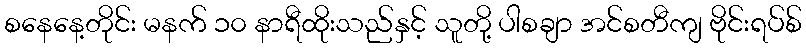
စနေနေ့တိုင်း မနက် ၁၀ နာရီထိုးသည်နှင့် သူတို့ ပါစချာ အင်စတီကျ ဗိုင်းရပ်စ်